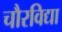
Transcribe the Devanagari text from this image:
चौरविद्या